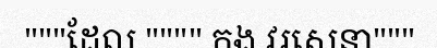
"""ដែល """" កង វរសេនា"""